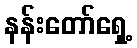
နန်းတော်ရှေ့